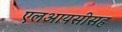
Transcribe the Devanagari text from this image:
एलआयसीसह